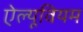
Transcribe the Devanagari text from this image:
ऐल्यूवियम